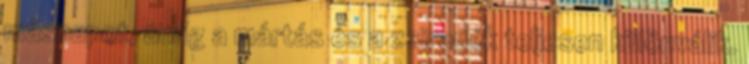
másnapot, amíg a mártás és a zsiradék teljesen különválik.